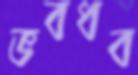
ভবধব